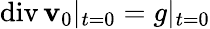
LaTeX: \operatorname{div}\mathbf{v}_{0}|_{t=0}=g|_{t=0}